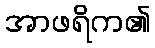
အာဖရိက၏